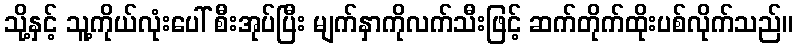
သို့နှင့် သူ့ကိုယ်လုံးပေါ် စီးအုပ်ပြီး မျက်နှာကိုလက်သီးဖြင့် ဆက်တိုက်ထိုးပစ်လိုက်သည်။